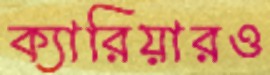
ক্যারিয়ারও